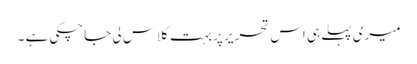
میری پہلے ہی اس تحریر پر بہت کلاس لی جاچکی ہے ۔